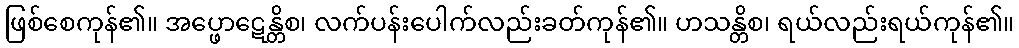
ဖြစ်စေကုန်၏။ အပ္ဖောဋေန္တိစ၊ လက်ပန်းပေါက်လည်းခတ်ကုန်၏။ ဟသန္တိစ၊ ရယ်လည်းရယ်ကုန်၏။